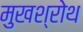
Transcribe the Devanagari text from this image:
मुखश्रोथ